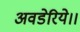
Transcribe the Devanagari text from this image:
अवडेरिये।।